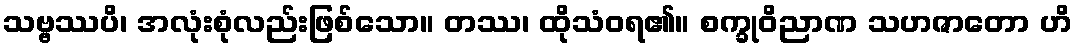
သဗ္ဗဿပိ၊ အလုံးစုံလည်းဖြစ်သော။ တဿ၊ ထိုသံဝရ၏။ စက္ခုဝိညာဏ သဟဇာတော ဟိ